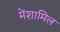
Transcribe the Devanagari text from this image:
मेंशामिल